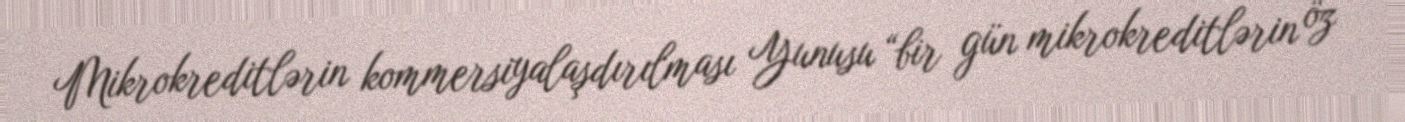
Mikrokreditlərin kommersiyalaşdırılması Yunusu “bir gün mikrokreditlərin öz